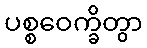
ပစ္စဝေက္ခိတွာ